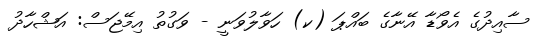
ސާއިދުގެ އެވޯޑާ އޭނާގެ ބައްޕަ (ކ) ހަވާލުވަނީ - ވަގުތު އިމޭޖަސް: އަޝްހާދު